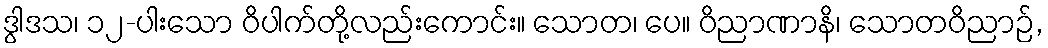
ဒွါဒသ၊ ၁၂-ပါးသော ဝိပါက်တို့လည်းကောင်း။ သောတ၊ ပေ။ ဝိညာဏာနိ၊ သောတဝိညာဉ်,